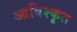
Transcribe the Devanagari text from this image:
आविश्कृत